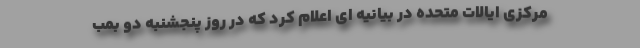
مرکزی ایالات متحده در بیانیه ای اعلام کرد که در روز پنجشنبه دو بمب